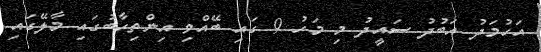
އަހުމަދު އަބުދު ސައީދު މި މަހު 9 ގައި ބޭއްވި އިންތިހާބުގައި މާލޭގައި